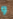
و